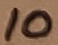
Text: 10